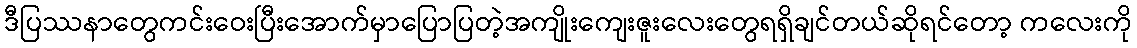
ဒီပြဿနာတွေကင်းဝေးပြီးအောက်မှာပြောပြတဲ့အကျိုးကျေးဇူးလေးတွေရရှိချင်တယ်ဆိုရင်တော့ ကလေးကို